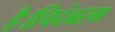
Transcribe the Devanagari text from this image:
है।चिदंबरम